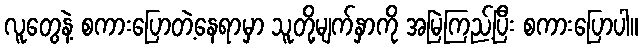
လူတွေနဲ့ စကားပြောတဲ့နေရာမှာ သူတို့မျက်နှာကို အမြဲကြည့်ပြီး စကားပြောပါ။